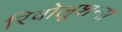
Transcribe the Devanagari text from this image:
रिवोलूशन्स